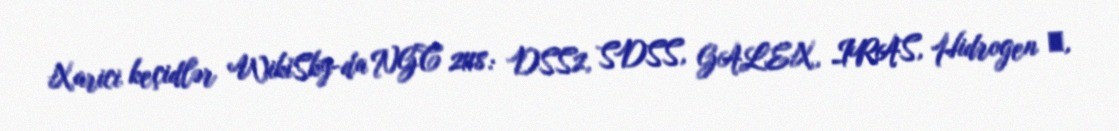
Xarici keçidlər WikiSky-da NGC 2118: DSS2, SDSS, GALEX, IRAS, Hidrogen α,